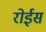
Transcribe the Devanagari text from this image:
रोईस